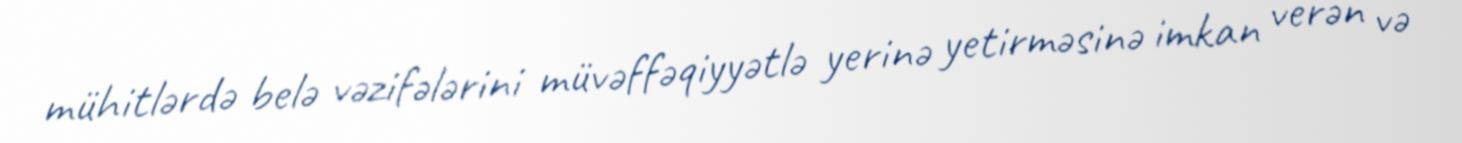
mühitlərdə belə vəzifələrini müvəffəqiyyətlə yerinə yetirməsinə imkan verən və